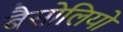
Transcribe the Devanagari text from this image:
बैसोलियो